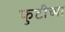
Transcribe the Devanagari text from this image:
फुटीच्या